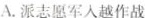
A.派志愿军人越作战